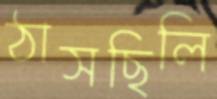
ঠাসছিলি